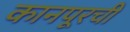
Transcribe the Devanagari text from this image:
कानपूरची